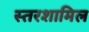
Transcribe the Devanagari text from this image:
स्तरशामिल